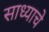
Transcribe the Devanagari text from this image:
साध्याचे